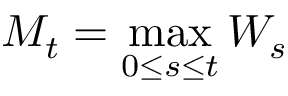
M _ { t } = \operatorname* { m a x } _ { 0 \leq s \leq t } W _ { s }